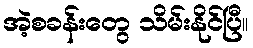
အဲ့စခန်းတွေ သိမ်းနိုင်ပြီ။